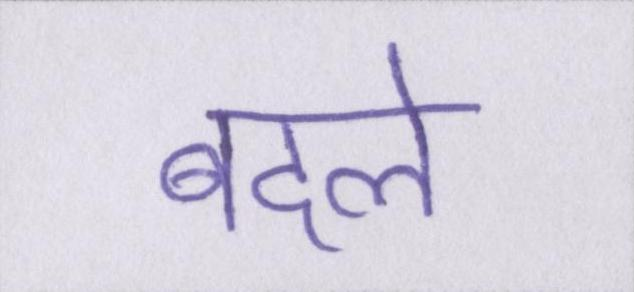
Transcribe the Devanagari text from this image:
बदले